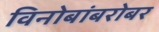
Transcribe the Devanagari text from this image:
विनोबांबरोबर